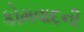
કોમવાદની